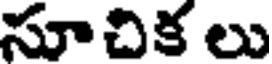
సూచిక లు